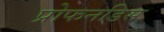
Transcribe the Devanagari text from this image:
प्रोफनडिस